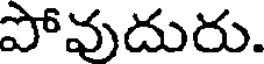
పోవుదురు.